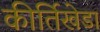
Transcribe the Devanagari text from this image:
कीर्तिखेडा